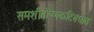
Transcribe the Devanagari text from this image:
समशीतोष्णकटिबंधात